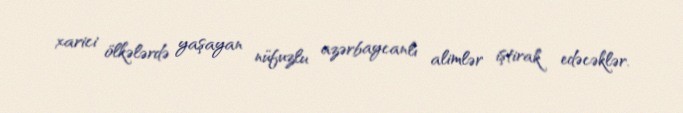
xarici ölkələrdə yaşayan nüfuzlu azərbaycanlı alimlər iştirak edəcəklər.